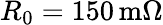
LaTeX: R_{0}=150\, \mathrm{m}\Omega